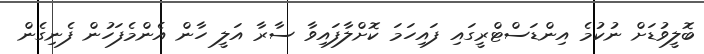
ބޮލީވުޑަށް ނުކުމެ އިންޑަސްޓްރީގައި ފައިހަމަ ކޮށްލާފައިވާ ސާރާ އަލީ ހާން އެންމެފަހުން ފެނިގެން